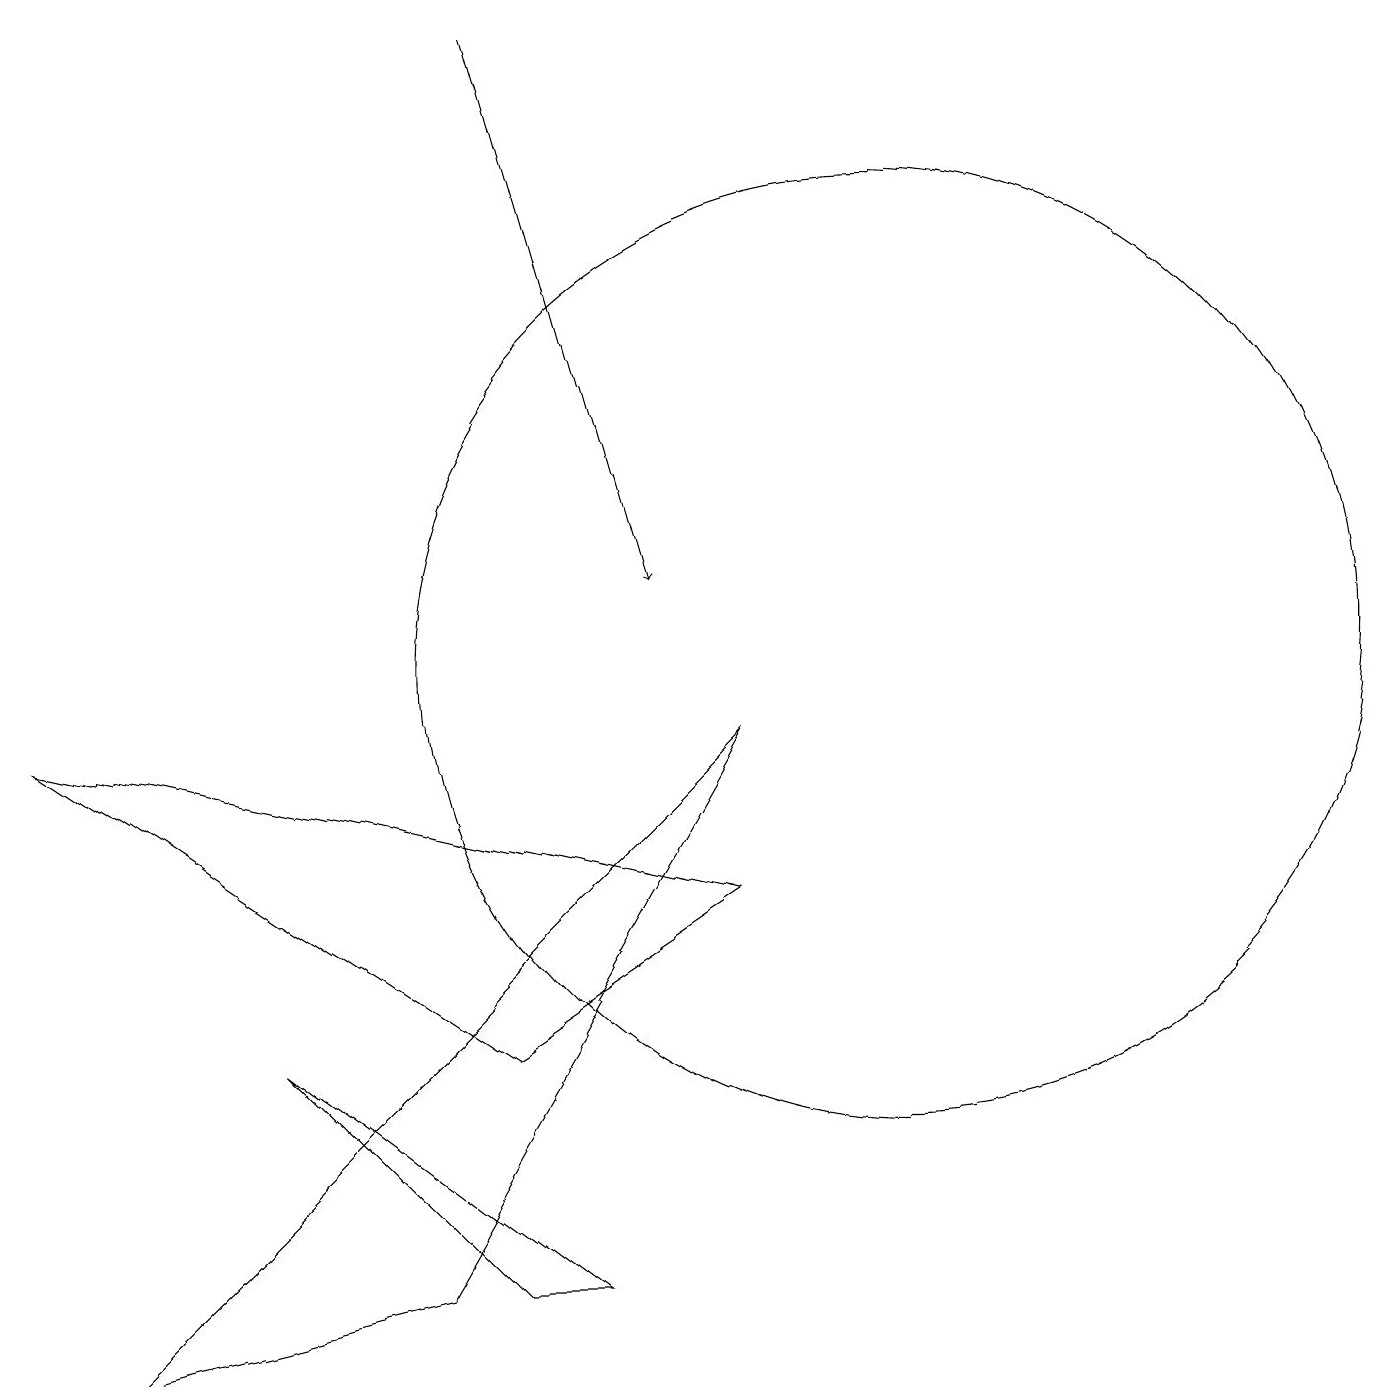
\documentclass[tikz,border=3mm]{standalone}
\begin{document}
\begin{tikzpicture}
\draw (3,5) -- (6,2) -- (7,2) -- cycle;
\draw (11,10) circle (6);
\draw (9,7) -- (0,9) -- (6,5) -- cycle;
\draw (5,2) -- (1,1) -- (9,9) -- cycle;
\draw[->] (6,18) -- (8,11);
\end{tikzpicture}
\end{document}